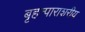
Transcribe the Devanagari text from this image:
बृहत्पाराशरीय